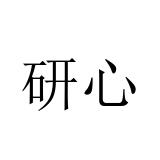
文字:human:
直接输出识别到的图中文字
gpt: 研心